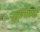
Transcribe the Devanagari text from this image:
ऋणाला